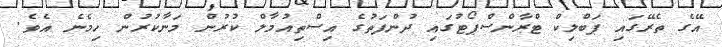
އޭގެ ތެރޭގައި ޕަބްލިކް ޓްރާންސްޕޯޓުގައި ދުންފަތުގެ އިސްތިއުމާލް ކުރުން މަނާކުރުން ހިމެނެ އެވެ.